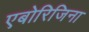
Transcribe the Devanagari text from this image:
एबोरिजिना